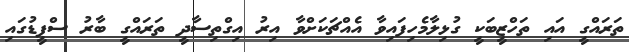
ތަރައްގީ އައި ތަހްޒީބަކީ ގުޅިލާމެހިފައިވާ އެއްޗަކަށްވާ އިރު އިގްތިސާދީ ތަރައްގީ ބާރު ސްޕީޑުގައި